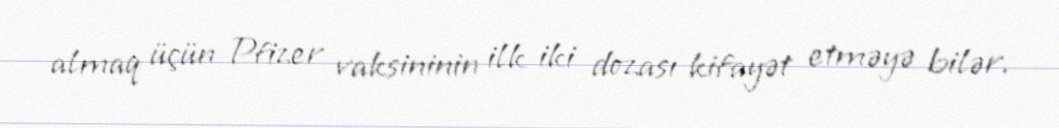
almaq üçün Pfizer vaksininin ilk iki dozası kifayət etməyə bilər.